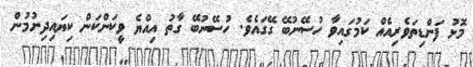
މޮޅު ފަންޑިތަވެރިއެއް ކަމުގައިވާ ހުސޭނުބޭ ގޭގައެވެ. ހުސޭނުބޭ ގާތު އިއްޔެ ވީކަންކަން ކިޔައިދިނުމުން